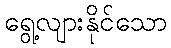
ရွေ့လျားနိုင်သော